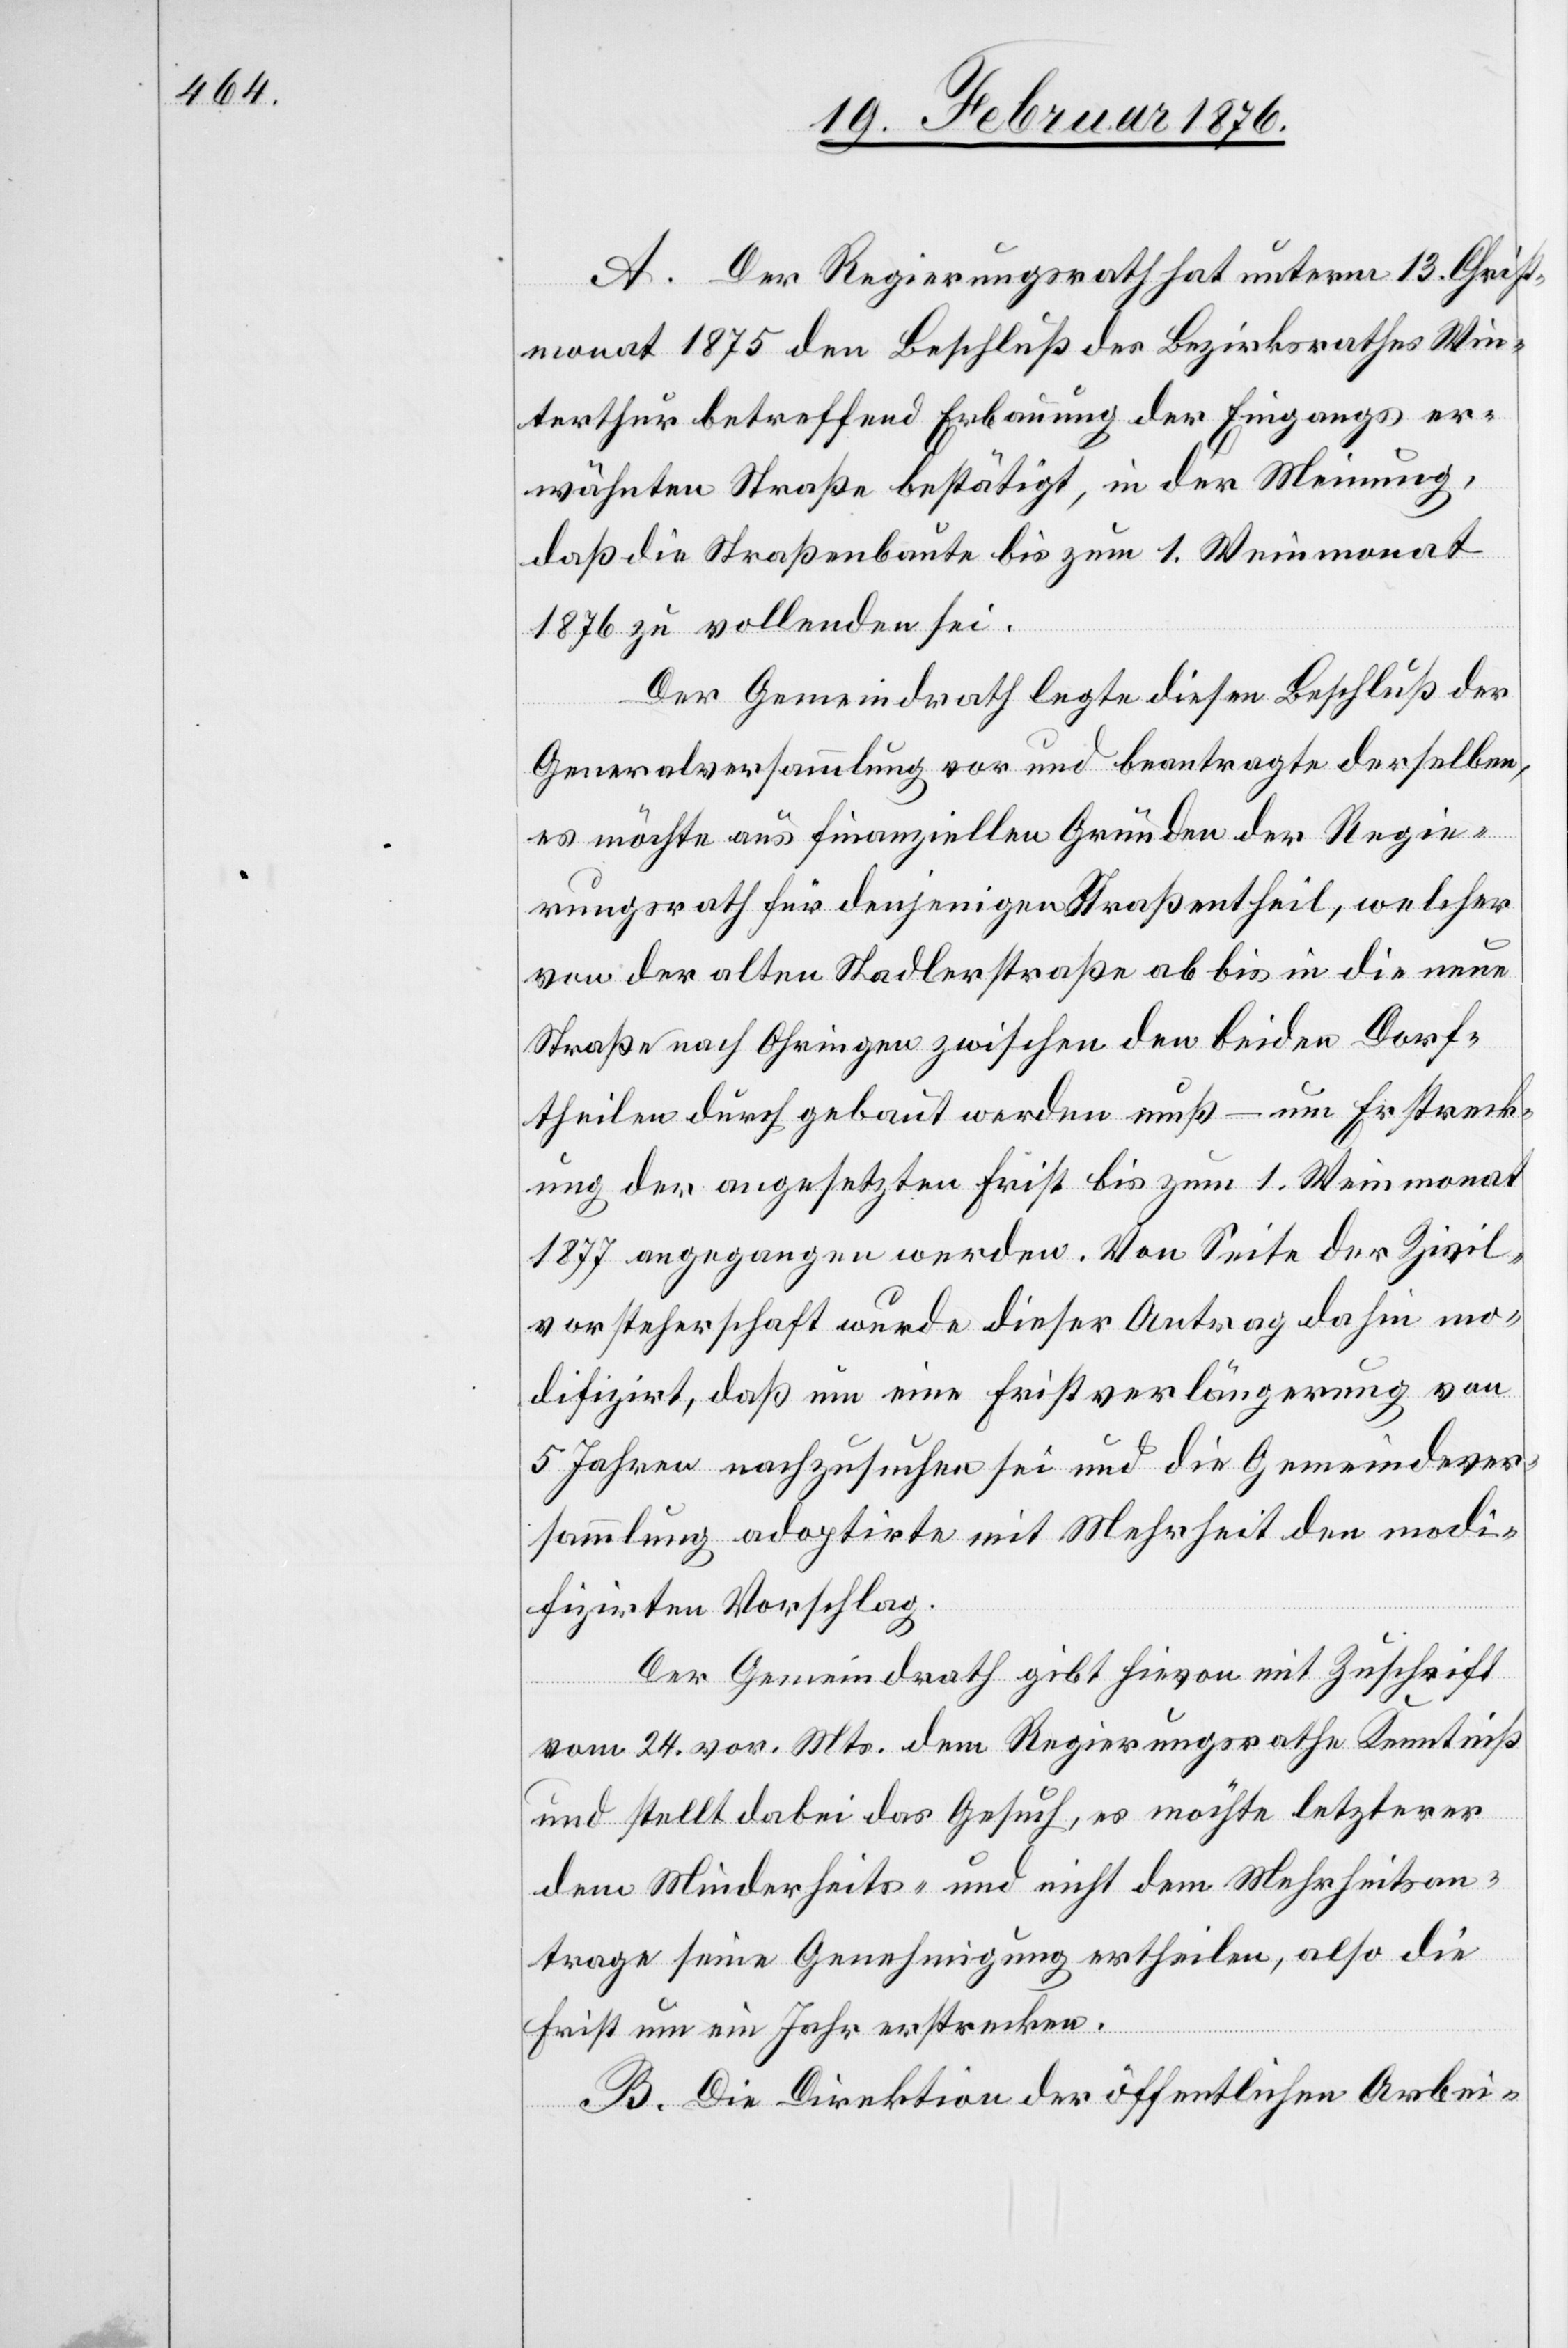
A. Der Regierungsrath hat unterm 13. Christ¬
monat 1875 den Beschluß des Bezirksrathes Win¬
terthur betreffend Erbauung der Eingangs er¬
wähnten Straße bestätigt, in der Meinung,
daß die Straßenbaute bis zum 1. Wintermonat
1876 zu vollenden sei.
Der Gemeindrath legte diesen Beschluß der
Generalversammlung vor und beantragte derselben,
es möchte aus finanziellen Gründen der Regie¬
rungsrath für denjenigen Straßentheil, welcher
von der alten Stadlerstraße ab bis in die neue
Straße nach Ohringen zwischen den beiden Dorf¬
theilen durch gebaut werden muß – um Erstreck¬
ung der angesetzten Frist bis zum 1. Weinmonat
1877 eingegangen werden. Von Seite der Zivil¬
vorsteherschaft wurde dieser Antrag dahin mo¬
difizirt, daß um eine Fristverlängerung von
5 Jahren nachzusuchen sei und die Gemeindever¬
sammlung adoptirte mit Mehrheit den modi¬
fizirten Vorschlag.
Der Gemeindrath gibt hievon mit Zuschrift
vom 24. vor. Mts. dem Regierungsrathe Kenntniß
und stellt dabei das Gesuch, es möchte letzterer
dem Minderheits- und nicht dem Mehrheitsan¬
trage seine Genehmigung ertheilen, also die
Frist um ein Jahr erstrecken.
B. Die Direktion der öffentlichen Arbei-